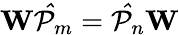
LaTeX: \mathbf{W}\mathcal{\hat{P}}_{m}=\mathcal{\hat{P}}_{n}\mathbf{W}